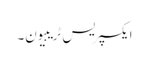
ایکسپریس ٹریبیون۔